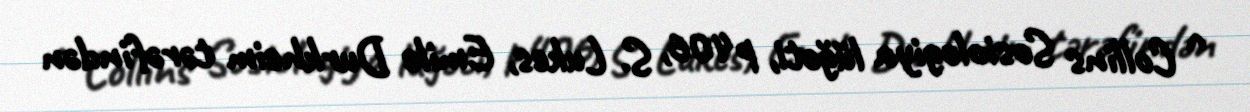
^ Collins Sosiologiya lüğəti, p406, S. Lukes, Emile Durkheim tərəfindən